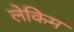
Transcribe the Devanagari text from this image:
लेकिम